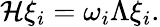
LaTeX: {\cal H}\xi_{i}=\omega_{i}\Lambda\xi_{i}.